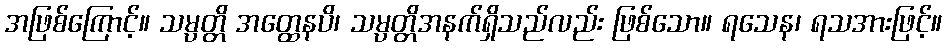
အဖြစ်ကြောင့်။ သမ္ပတ္တိ အတ္ထေနပိ၊ သမ္ပတ္တိအနက်ရှိသည်လည်း ဖြစ်သော။ ရသေန၊ ရသအားဖြင့်။